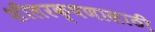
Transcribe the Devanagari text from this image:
शीलरक्षणासाठी